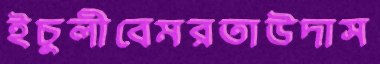
ইচুলীবেমরতাউদাস